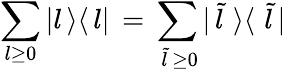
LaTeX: \sum_{l\geq 0}|l\, \rangle\langle\, l|\, =\, \sum_{\, \tilde{l}\, \geq 0}|\, \tilde{l}\, \, \rangle\langle\, \, \tilde{l}\, |